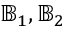
{ \mathbb { B } } _ { 1 } , { \mathbb { B } } _ { 2 }